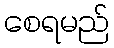
စေရမည်